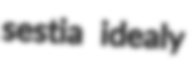
sestia idealy